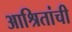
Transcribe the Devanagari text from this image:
आश्रितांची